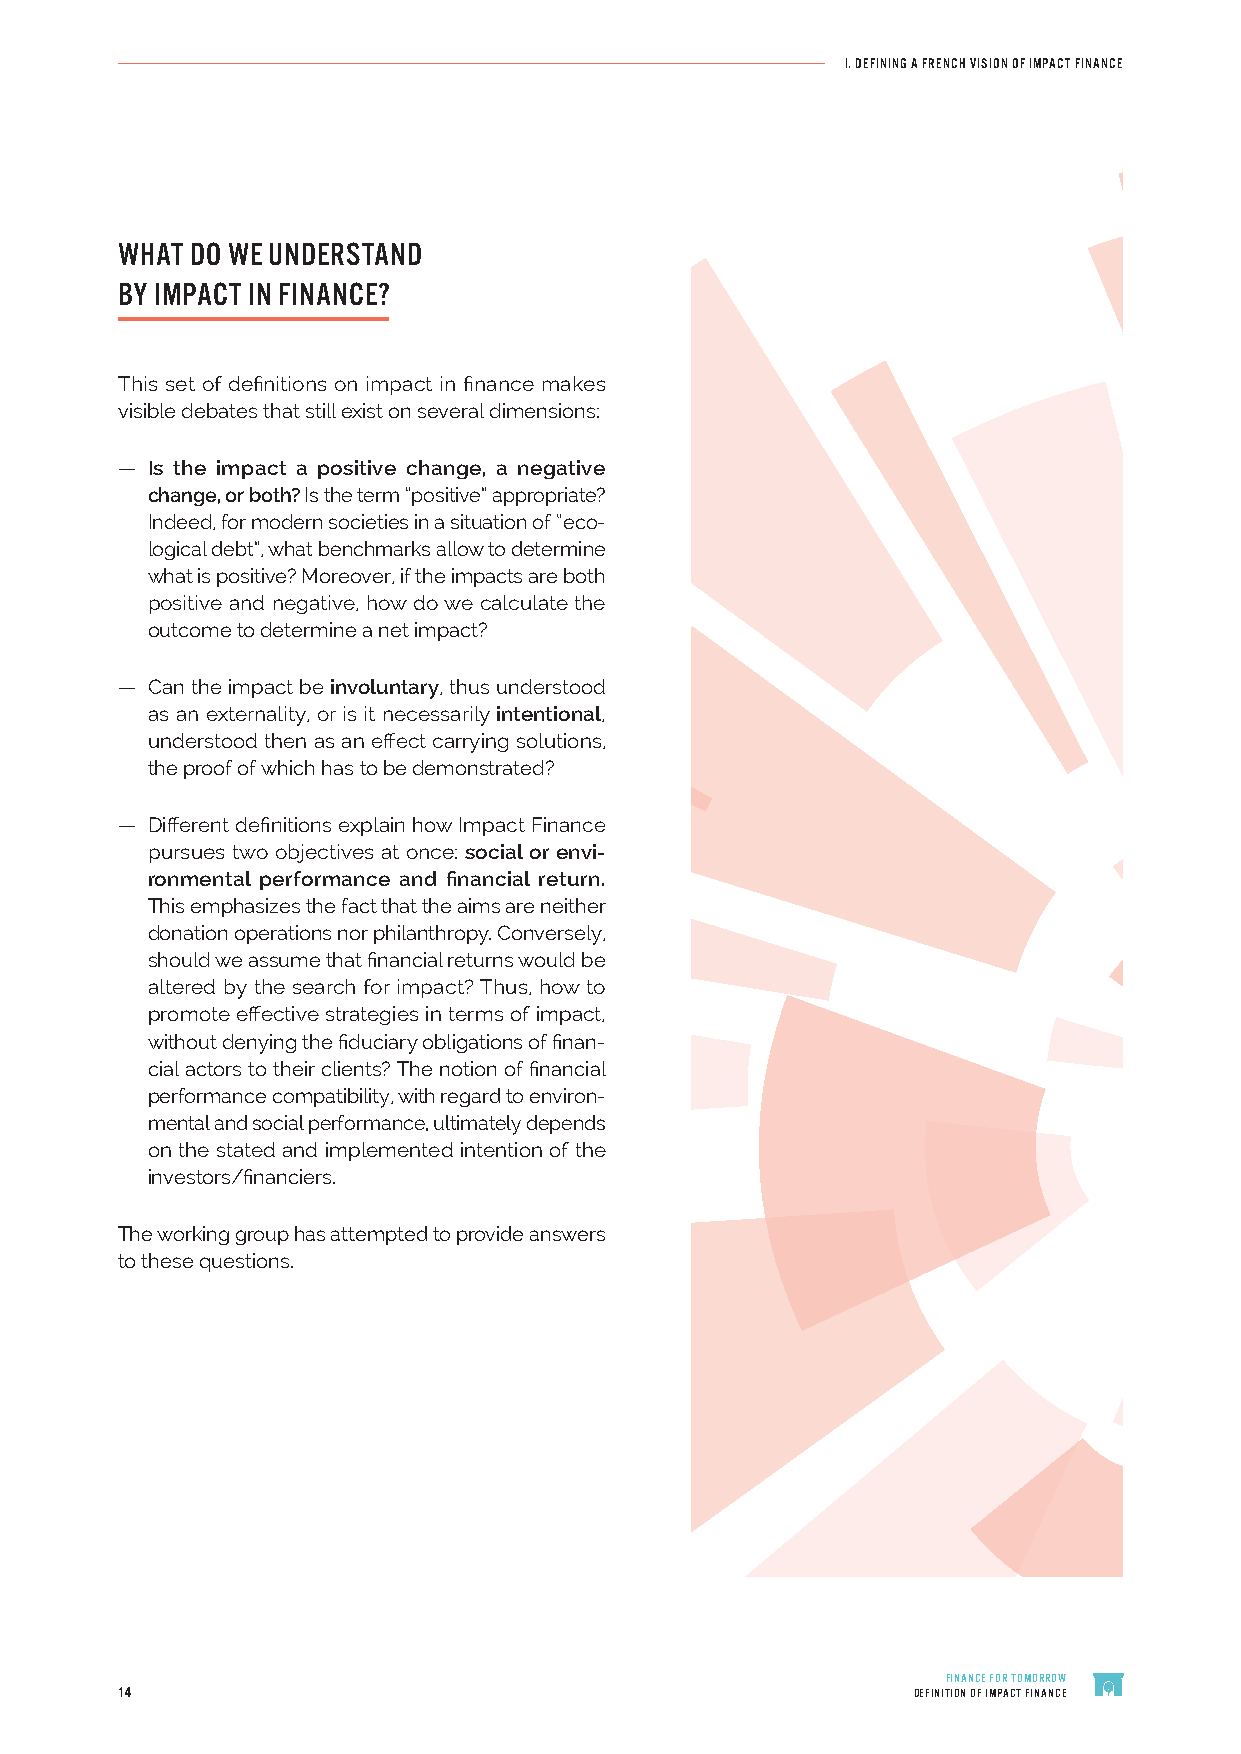
I. DEFINING A FRENCH VISION OF IMPACT FINANCE
 WHAT DO WE UNDERSTAND
 BY IMPACT IN FINANCE?
 This set of definitions on impact in finance makes
 visible debates that still exist on several dimensions:
 — Is the impact a positive change, a negative
 change, or both? Is the term “positive” appropriate?
 Indeed, for modern societies in a situation of “eco-
 logical debt”, what benchmarks allow to determine
 what is positive? Moreover, if the impacts are both
 positive and negative, how do we calculate the
 outcome to determine a net impact?
 — Can the impact be involuntary, thus understood
 as an externality, or is it necessarily intentional,
 understood then as an effect carrying solutions,
 the proof of which has to be demonstrated?
 — Different definitions explain how Impact Finance
 pursues two objectives at once: social or envi-
 ronmental performance and financial return.
 This emphasizes the fact that the aims are neither
 donation operations nor philanthropy. Conversely,
 should we assume that financial returns would be
 altered by the search for impact? Thus, how to
 promote effective strategies in terms of impact,
 without denying the fiduciary obligations of finan-
 cial actors to their clients? The notion of financial
 performance compatibility, with regard to environ-
 mental and social performance, ultimately depends
 on the stated and implemented intention of the
 investors/financiers.
 The working group has attempted to provide answers
 to these questions.
 FINANCE FOR TOMORROW
 14                                                  DEFINITION OF IMPACT FINANCE